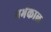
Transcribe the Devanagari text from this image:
गर्भकाळ